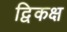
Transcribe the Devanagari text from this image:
द्विकक्ष